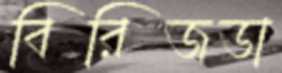
বিরিজডা